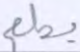
يطعم